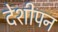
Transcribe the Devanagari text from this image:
देशीपन